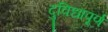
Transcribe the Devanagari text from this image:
दुविधापूर्ण